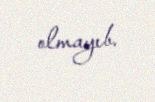
olmayıb.